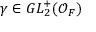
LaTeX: \gamma \in G L _ { 2 } ^ { + } ( { \mathcal { O } } _ { F } )